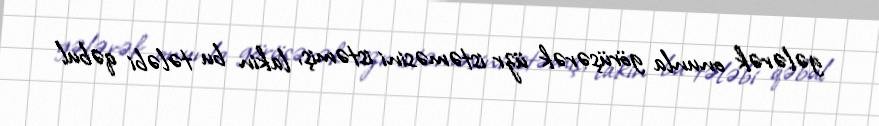
gələrək onunla görüşərək üzr istəməsini istəmiş, lakin bu tələbi qəbul